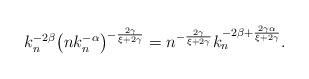
LaTeX: \begin{align*}k_n^{-2\beta}\bigl(nk_n^{-\alpha}\bigr)^{-\frac{2\gamma}{\xi+2\gamma}} = n^{-\frac{2\gamma}{\xi+2\gamma}} k_n^{-2\beta + \frac{2\gamma\alpha}{\xi+2\gamma}}.\end{align*}